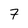
Character: 7